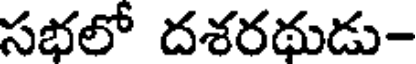
సభలో దశరథుడు-